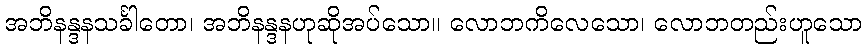
အဘိနန္ဒနသင်္ခါတော၊ အဘိနန္ဒနဟုဆိုအပ်သော။ လောဘကိလေသော၊ လောဘတည်းဟူသော